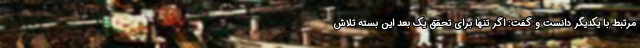
مرتبط با یکدیگر دانست و گفت: اگر تنها برای تحقق یک بعد این بسته تلاش